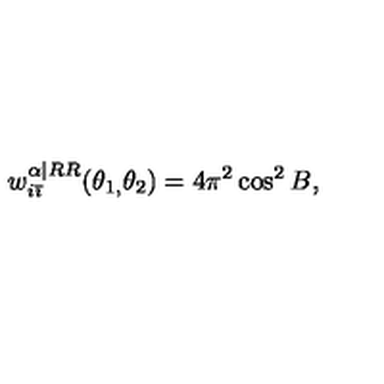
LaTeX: w _ { i \bar { \imath } } ^ { \alpha | R R } ( \theta _ { 1 , } \theta _ { 2 } ) = 4 \pi ^ { 2 } \cos ^ { 2 } B ,